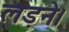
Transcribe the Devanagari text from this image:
लड़ने।